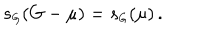
s _ { \scriptscriptstyle G } ( G - \mu ) = s _ { \scriptscriptstyle G } ( \mu ) \, .